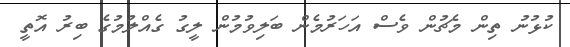
ކުޅުނު ތިން މެޗުން ވެސް އަހަރުމެން ބަލިވުމުން ލީގު ގެއްލުމުގެ ބިރު އޮތީ